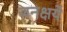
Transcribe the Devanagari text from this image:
जनक्षये